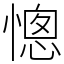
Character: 憁